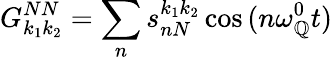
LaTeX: G_{k_{1}k_{2}}^{NN}=\sum_{n}s_{nN}^{k_{1}k_{2}}\cos{(n\omega_{\mathbb{Q}}^{0}t)}